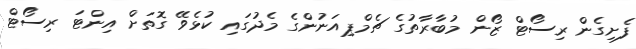
ފެށިގެން ރިސޯޓް ޒޯން މުބާރާތުގެ ޗެމްޕިއަނުންގެ މެދުގައި ކުޅެވޭ ގޮތަށް އިންޓަ ރިސޯޓް